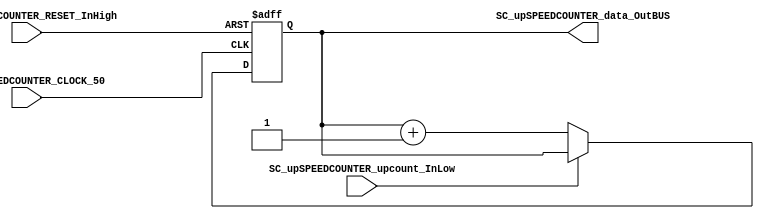
/*######################################################################
//#	G0B1T: HDL EXAMPLES. 2018.
//######################################################################
//# Copyright (C) 2018. F.E.Segura-Quijano (FES) fsegura@uniandes.edu.co
//# 
//# This program is free software: you can redistribute it and/or modify
//# it under the terms of the GNU General Public License as published by
//# the Free Software Foundation, version 3 of the License.
//#
//# This program is distributed in the hope that it will be useful,
//# but WITHOUT ANY WARRANTY; without even the implied warranty of
//# MERCHANTABILITY or FITNESS FOR A PARTICULAR PURPOSE.  See the
//# GNU General Public License for more details.
//#
//# You should have received a copy of the GNU General Public License
//# along with this program.  If not, see <http://www.gnu.org/licenses/>
//####################################################################*/
//=======================================================
//  MODULE Definition
//=======================================================
module SC_upSPEEDCOUNTER #(parameter upSPEEDCOUNTER_DATAWIDTH=8)(
	//////////// OUTPUTS //////////
	SC_upSPEEDCOUNTER_data_OutBUS,
	//////////// INPUTS //////////
	SC_upSPEEDCOUNTER_CLOCK_50,
	SC_upSPEEDCOUNTER_RESET_InHigh,
	SC_upSPEEDCOUNTER_upcount_InLow
);
//=======================================================
//  PARAMETER declarations
//=======================================================

//=======================================================
//  PORT declarations
//=======================================================
output		[upSPEEDCOUNTER_DATAWIDTH-1:0]	SC_upSPEEDCOUNTER_data_OutBUS;
input		SC_upSPEEDCOUNTER_CLOCK_50;
input		SC_upSPEEDCOUNTER_RESET_InHigh;
input		SC_upSPEEDCOUNTER_upcount_InLow;

//=======================================================
//  REG/WIRE declarations
//=======================================================
reg [upSPEEDCOUNTER_DATAWIDTH-1:0] upSPEEDCOUNTER_Register;
reg [upSPEEDCOUNTER_DATAWIDTH-1:0] upSPEEDCOUNTER_Signal;
//=======================================================
//  Structural coding
//=======================================================
//INPUT LOGIC: COMBINATIONAL
always @(*)
begin
	if (SC_upSPEEDCOUNTER_upcount_InLow == 1'b0)
		upSPEEDCOUNTER_Signal = upSPEEDCOUNTER_Register + 1'b1;
	else
		upSPEEDCOUNTER_Signal = upSPEEDCOUNTER_Register;
	end	
//STATE REGISTER: SEQUENTIAL
always @(posedge SC_upSPEEDCOUNTER_CLOCK_50, posedge SC_upSPEEDCOUNTER_RESET_InHigh)
begin
	if (SC_upSPEEDCOUNTER_RESET_InHigh  == 1'b1)
		upSPEEDCOUNTER_Register <= 0;
	else
		upSPEEDCOUNTER_Register <= upSPEEDCOUNTER_Signal;
end
//=======================================================
//  Outputs
//=======================================================
//OUTPUT LOGIC: COMBINATIONAL
assign SC_upSPEEDCOUNTER_data_OutBUS = upSPEEDCOUNTER_Register;

endmodule